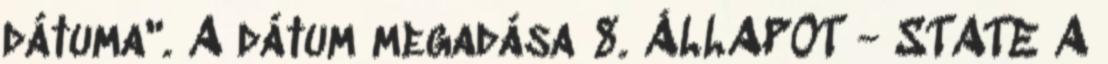
dátuma". A dátum megadása 8. ÁLLAPOT - STATE A